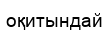
оқитындай